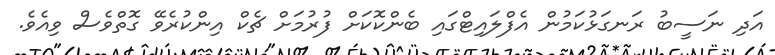
އަދި ނަސީބު ރަނގަޅުކަމުން އެފްލައިޓްގައި ބެންކޮކަށް ފުރުމަށް ޗެކް އިންކުރެވޭ ގޮތްވެސް ވިއެވެ.